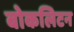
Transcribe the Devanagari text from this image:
बोकलिटन